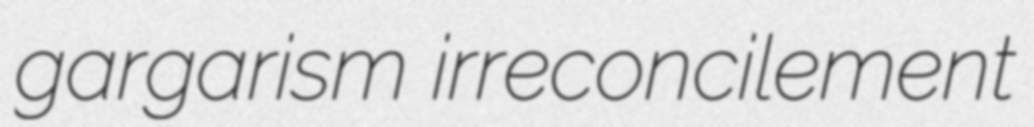
gargarism irreconcilement